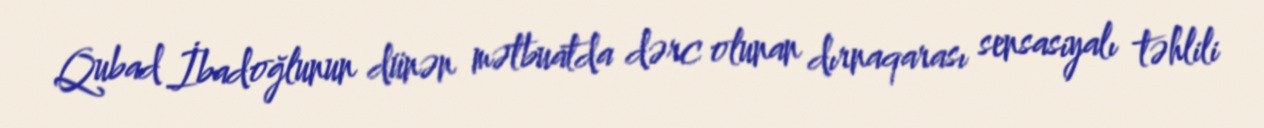
Qubad İbadoğlunun dünən mətbuatda dərc olunan dırnaqarası sensasiyalı təhlili